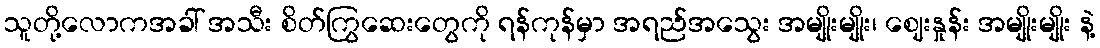
သူတို့လောကအခါ် အသီး စိတ်ကြွဆေးတွေကို ရန်ကုန်မှာ အရည်အသွေး အမျိုးမျိုး၊ ဈေးနှုန်း အမျိုးမျိုး နဲ့